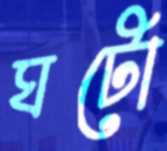
ঘটো